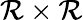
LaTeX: \mathcal{R}\times\mathcal{R}